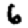
Digit: 6